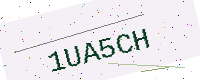
Text: 1UA5CH